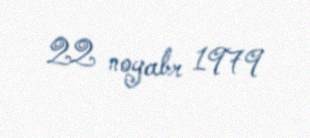
22 noyabr 1979